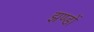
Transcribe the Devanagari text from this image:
झण्‍डों